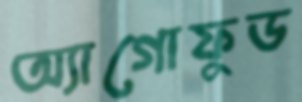
অ্যাগোফুড